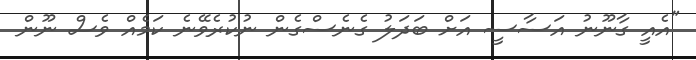
"އެއީ ގާނޫނު އަސާސީ އަށް ބަދަލު ގެނެސްގެން ނުކުރެވޭނެ ކަމެއް ވެސް ނޫން